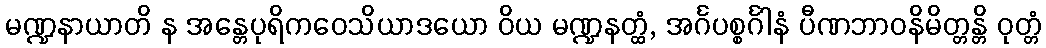
မဏ္ဍနာယာတိ န အန္တေပုရိကဝေသိယာဒယော ဝိယ မဏ္ဍနတ္ထံ, အင်္ဂပစ္စင်္ဂါနံ ပီဏဘာဝနိမိတ္တန္တိ ဝုတ္တံ